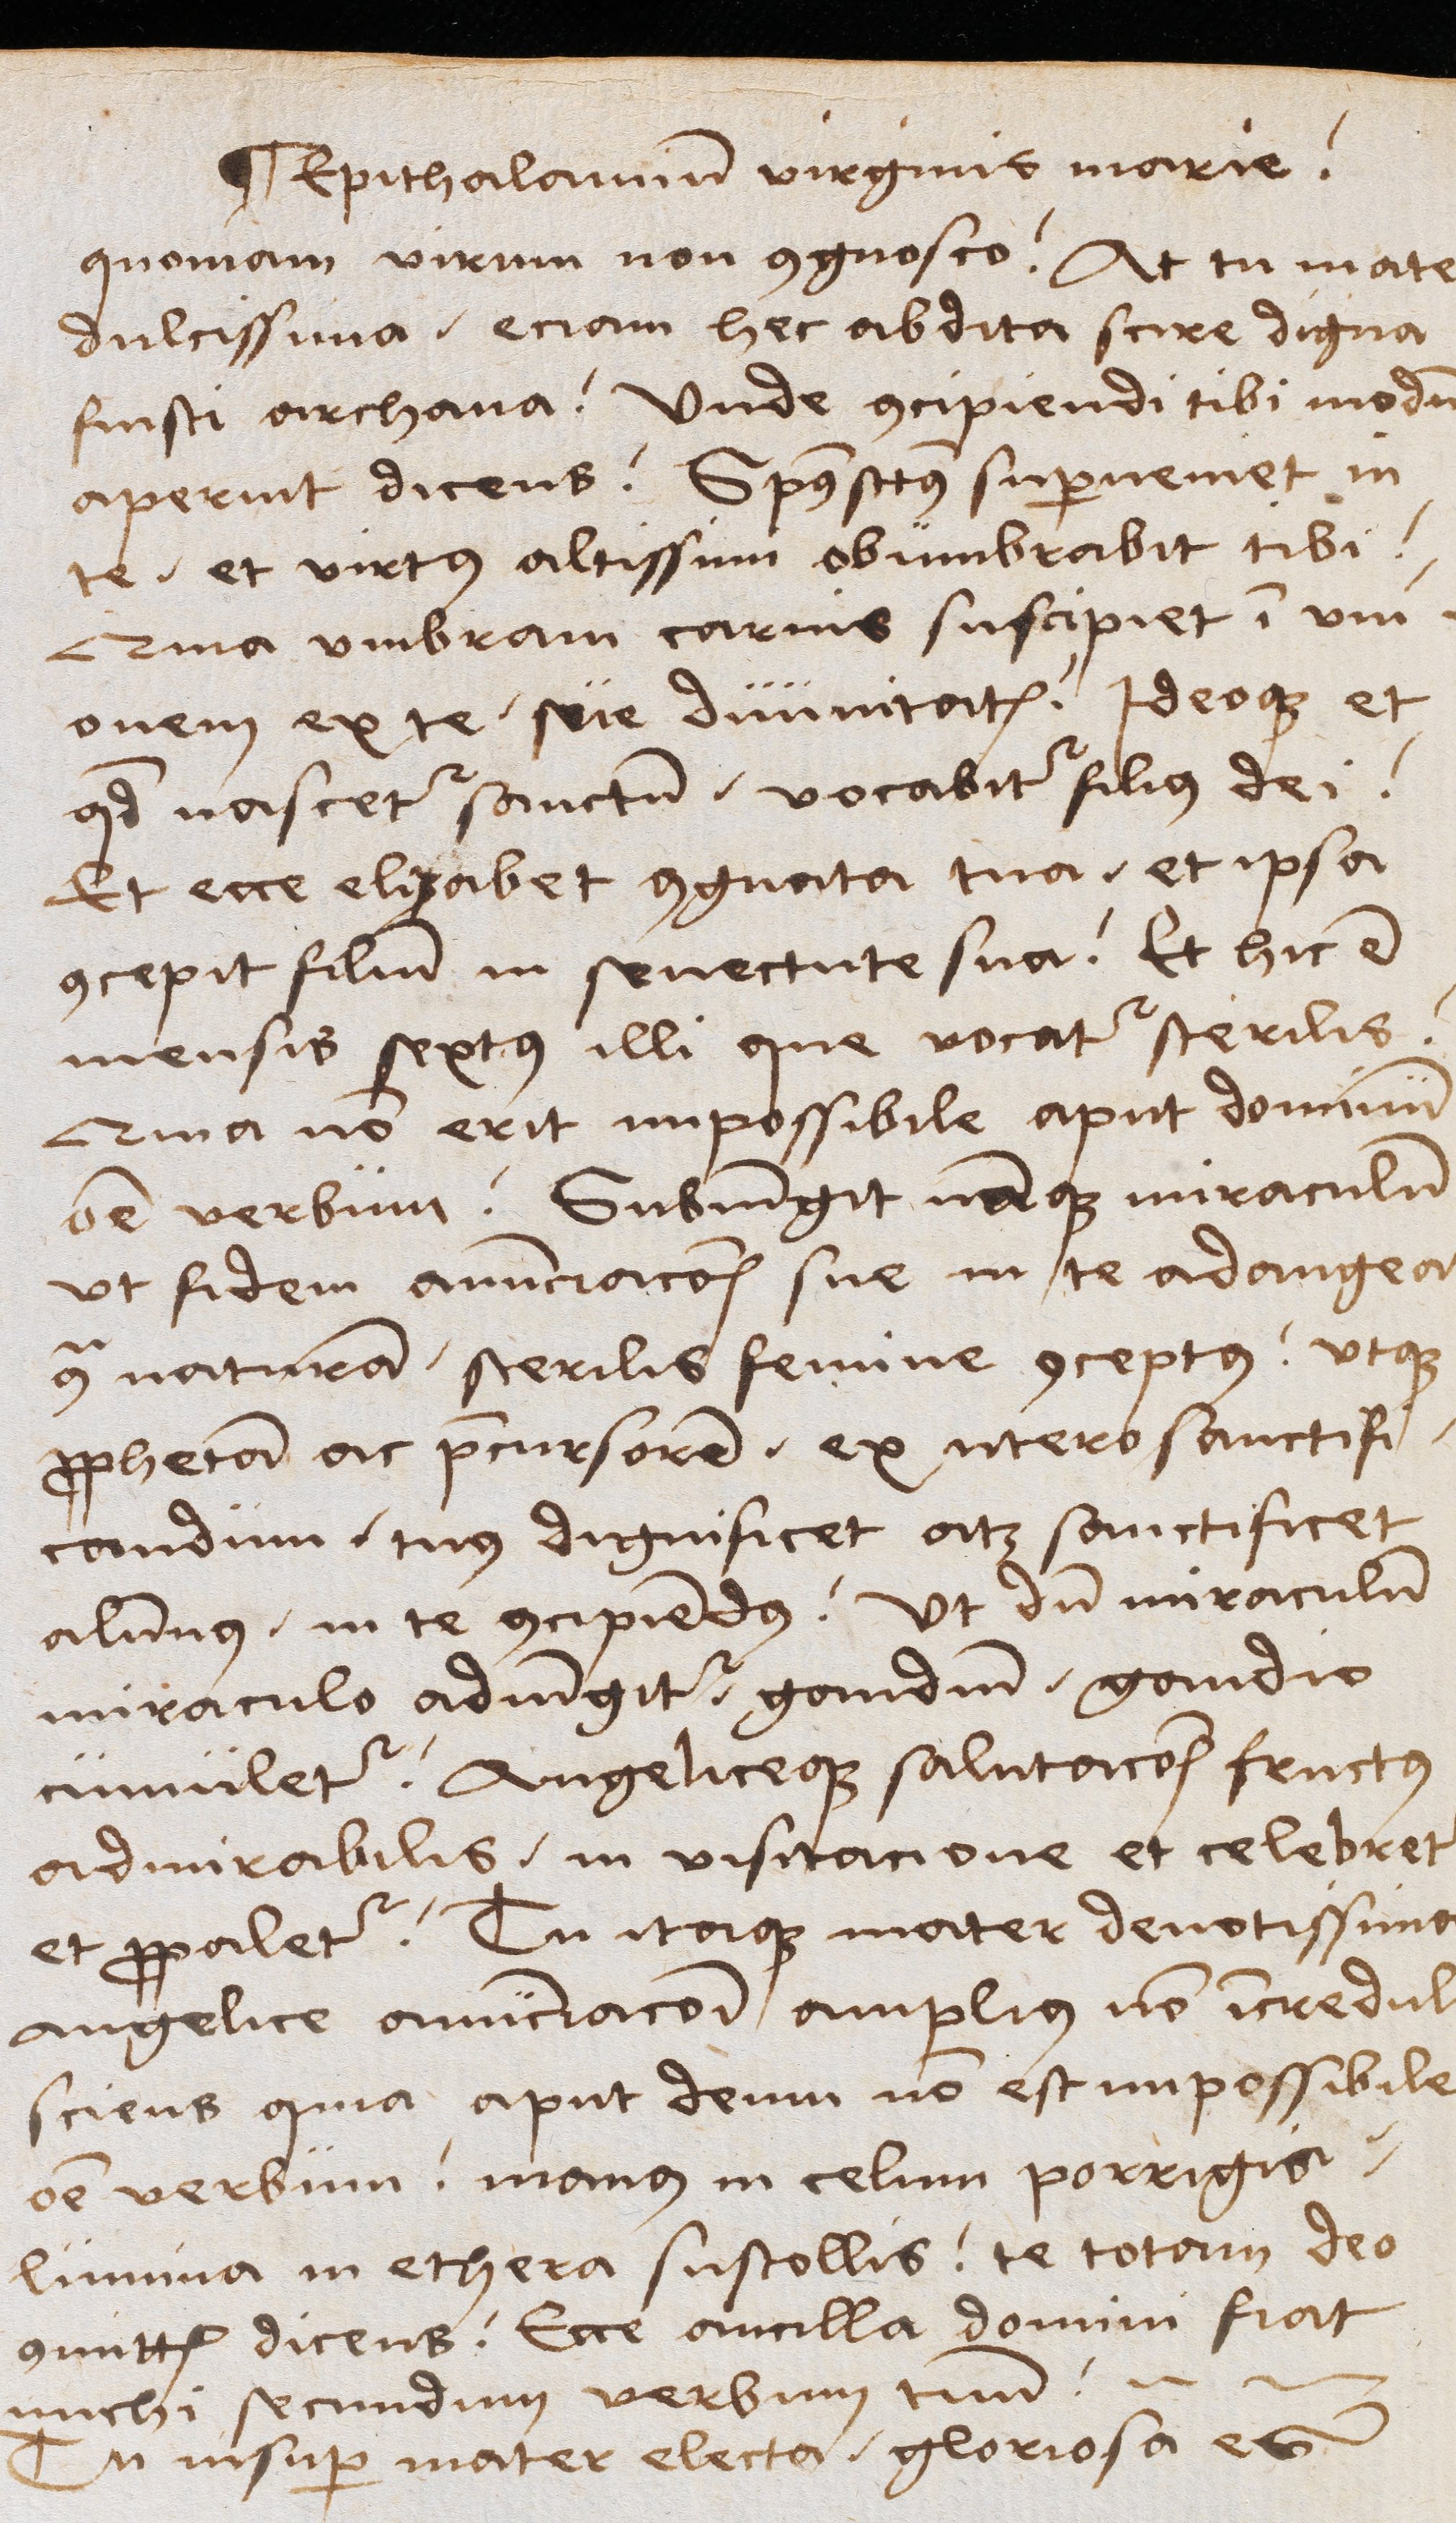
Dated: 1489–1489